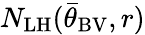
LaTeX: N_{\mathrm{LH}}({\bar{\theta}}_{\mathrm{BV}},r)